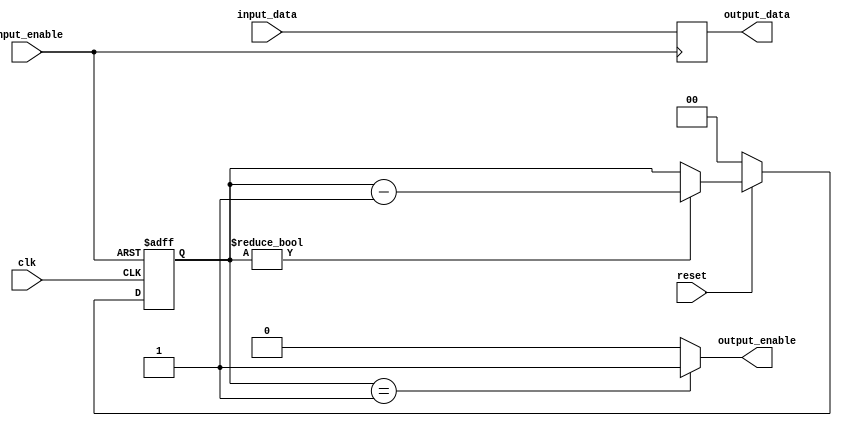
// This program was cloned from: https://github.com/SySS-Research/icestick-lpc-tpm-sniffer
// License: GNU General Public License v3.0

/*
 * iCEstick LPC TPM Sniffer (bufferdomain.v)
 * 
 * buffer domain
 */
module bufferdomain #(parameter AW = 8)(
    input wire clk,
    input wire reset,                       // active low
    input wire [AW - 1:0] input_data,
    input wire input_enable,
    output reg [AW - 1:0] output_data,
    output reg output_enable
);

    // registers
	reg [1:0] counter;

    // synchronous logic
	always @(posedge input_enable)
    begin
		if (input_enable)
        begin
			output_data <= input_data;
		end
	end

	always @(posedge clk or posedge input_enable)
    begin
		if (input_enable)
        begin
			counter <= 2'd2;
		end else
        begin
			if (~reset)
            begin
				counter <= 2'd0;
			end else begin
				if (counter != 2'd0)
					counter <= counter - 1'd1;
			end
		end
	end

	always @(*)
    begin
		if (counter == 2'd1)
			output_enable = 1'b1;
		else
			output_enable = 1'b0;
	end

endmodule